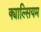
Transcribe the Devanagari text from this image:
क्याल्सियम